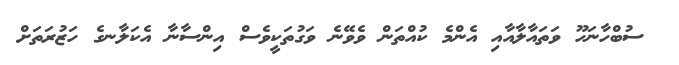
ސުބްހާނަހޫ ވަތައާލާއާއި އެންމެ ކުއްތަން ވެވޭނެ ވަގުތަކީވެސް އިންސާނާ އެކަލާނގެ ހަޒުރަތަށް